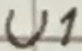
Text: U1